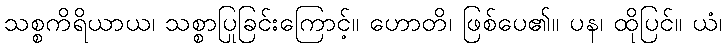
သစ္စကိရိယာယ၊ သစ္စာပြုခြင်းကြောင့်။ ဟောတိ၊ ဖြစ်ပေ၏။ ပန၊ ထိုပြင်။ ယံ၊